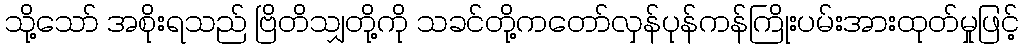
သို့သော် အစိုးရသည် ဗြိတိသျှတို့ကို သခင်တို့ကတော်လှန်ပုန်ကန်ကြိုးပမ်းအားထုတ်မှုဖြင့်